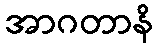
အာဂတာနိ